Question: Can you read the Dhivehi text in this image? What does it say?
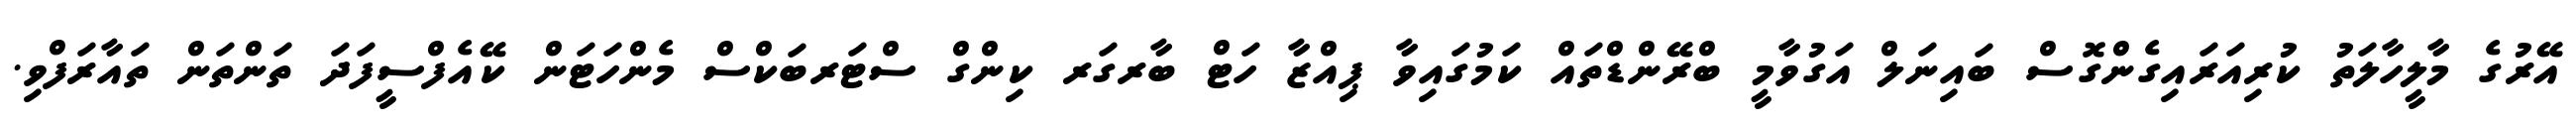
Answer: އޭރުގެ މާލީހާލަތު ކުރިއަރައިގެންގޮސް ބައިނަލް އަގުވާމީ ބްރޭންޑްތައް ކަމުގައިވާ ޕިއްޒާ ހަޓް ބާރގަރ ކިންގް ސްޓަރބަކްސް މެންހަޓަން ކޭއެފްސީފަދަ ތަންތަން ތައާރަފްވި.